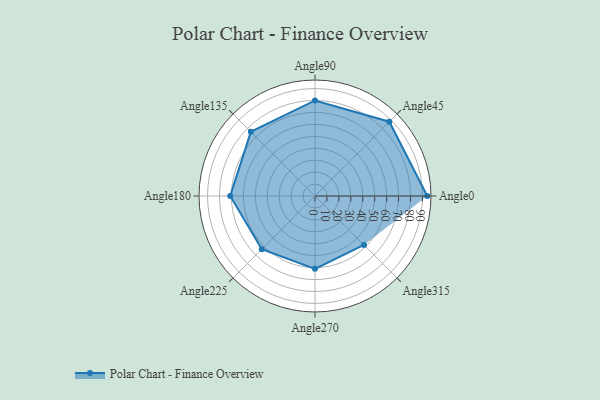
{"axis": {"x": "Angle", "y": "Radius"}, "legend": [""], "data": [{"x": "Angle0", "y": 94.0, "type": ""}, {"x": "Angle45", "y": 88.0, "type": ""}, {"x": "Angle90", "y": 80.0, "type": ""}, {"x": "Angle135", "y": 76.0, "type": ""}, {"x": "Angle180", "y": 71.0, "type": ""}, {"x": "Angle225", "y": 63.0, "type": ""}, {"x": "Angle270", "y": 61.0, "type": ""}, {"x": "Angle315", "y": 58.0, "type": ""}]}